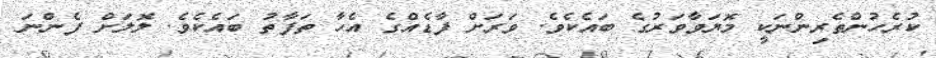
ކުރެހުންތެރިންނަކީ މޮޔަވާވަރުގެ ބައެކެވެ. ވަރަށް ފާޑެއްގެ އެހާ ތަފާތު ބައެކެވެ. ލޮލަށް ފެންނަ